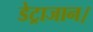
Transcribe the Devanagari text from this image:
डेट्राजान।